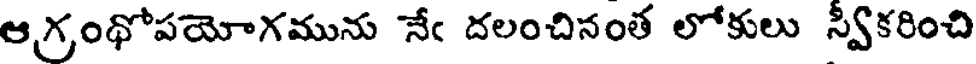
ఆగ్రంథోపయోగమును నేఁ దలంచినంత లోకులు స్వీకరించి